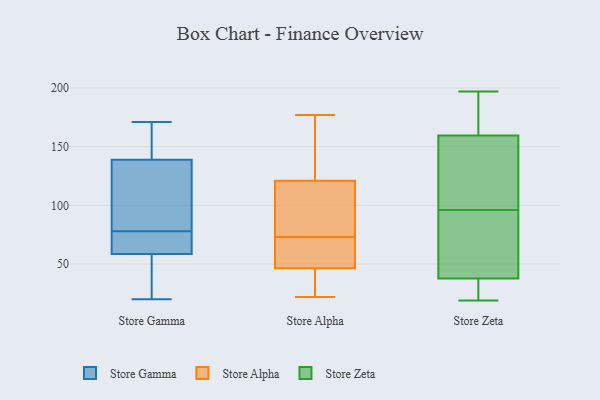
{"axis": {"x": "Gross Profit (USD K)", "y": "Value"}, "legend": ["Store Alpha", "Store Gamma", "Store Zeta"], "data": [{"x": "", "y": 138, "type": "Store Gamma"}, {"x": "", "y": 139, "type": "Store Gamma"}, {"x": "", "y": 164, "type": "Store Gamma"}, {"x": "", "y": 46, "type": "Store Gamma"}, {"x": "", "y": 157, "type": "Store Gamma"}, {"x": "", "y": 20, "type": "Store Gamma"}, {"x": "", "y": 97, "type": "Store Gamma"}, {"x": "", "y": 38, "type": "Store Gamma"}, {"x": "", "y": 49, "type": "Store Gamma"}, {"x": "", "y": 78, "type": "Store Gamma"}, {"x": "", "y": 46, "type": "Store Gamma"}, {"x": "", "y": 139, "type": "Store Gamma"}, {"x": "", "y": 73, "type": "Store Gamma"}, {"x": "", "y": 78, "type": "Store Gamma"}, {"x": "", "y": 171, "type": "Store Gamma"}, {"x": "", "y": 170, "type": "Store Gamma"}, {"x": "", "y": 71, "type": "Store Gamma"}, {"x": "", "y": 97, "type": "Store Gamma"}, {"x": "", "y": 68, "type": "Store Gamma"}, {"x": "", "y": 69, "type": "Store Gamma"}, {"x": "", "y": 116, "type": "Store Alpha"}, {"x": "", "y": 80, "type": "Store Alpha"}, {"x": "", "y": 177, "type": "Store Alpha"}, {"x": "", "y": 97, "type": "Store Alpha"}, {"x": "", "y": 73, "type": "Store Alpha"}, {"x": "", "y": 70, "type": "Store Alpha"}, {"x": "", "y": 136, "type": "Store Alpha"}, {"x": "", "y": 50, "type": "Store Alpha"}, {"x": "", "y": 36, "type": "Store Alpha"}, {"x": "", "y": 70, "type": "Store Alpha"}, {"x": "", "y": 157, "type": "Store Alpha"}, {"x": "", "y": 22, "type": "Store Alpha"}, {"x": "", "y": 22, "type": "Store Alpha"}, {"x": "", "y": 197, "type": "Store Zeta"}, {"x": "", "y": 21, "type": "Store Zeta"}, {"x": "", "y": 77, "type": "Store Zeta"}, {"x": "", "y": 37, "type": "Store Zeta"}, {"x": "", "y": 151, "type": "Store Zeta"}, {"x": "", "y": 192, "type": "Store Zeta"}, {"x": "", "y": 108, "type": "Store Zeta"}, {"x": "", "y": 106, "type": "Store Zeta"}, {"x": "", "y": 38, "type": "Store Zeta"}, {"x": "", "y": 19, "type": "Store Zeta"}, {"x": "", "y": 96, "type": "Store Zeta"}, {"x": "", "y": 185, "type": "Store Zeta"}, {"x": "", "y": 44, "type": "Store Zeta"}]}